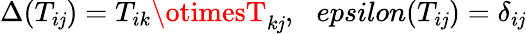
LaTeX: \Delta(T_{i\mathit{j}})=T_{ik}\otimesT_{k\mathit{j}},\ \ \, epsilon(T_{i\mathit{j}})=\delta_{i\mathit{j}}